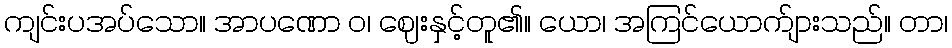
ကျင်းပအပ်သော။ အာပဏော ဝ၊ ဈေးနှင့်တူ၏။ ယော၊ အကြင်ယောက်ျားသည်။ တာ၊